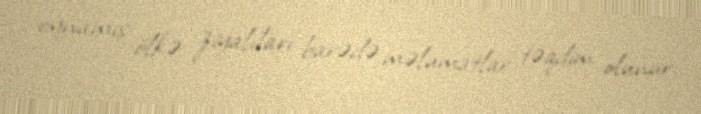
oynamış ölkə ziyalıları barədə məlumatlar təqdim olunur.